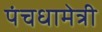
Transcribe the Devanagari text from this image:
पंचधामेत्री